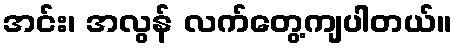
အင်း၊ အလွန် လက်တွေ့ကျပါတယ်။